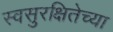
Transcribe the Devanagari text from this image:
स्वसुरक्षितेच्या